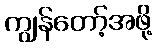
ကျွန်တော့်အဖို့